Document type: Fief grant
Year: 1411
Scribe: Arnau de Lledó
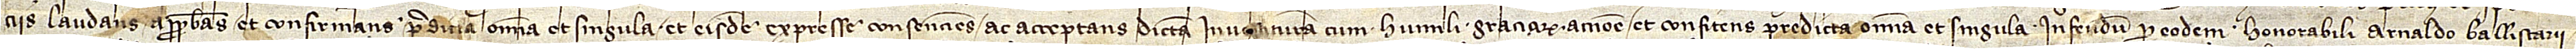
ciis laudans, approbans et confirmans predicta omnia et singula et eisdem expresse consenciens ac acceptans dictam investituram cum humili gratiarum accione, et confitens predicta omnia et singula in feudum pro eodem honorabili Arnaldo Ballistarii